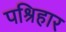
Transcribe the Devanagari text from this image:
पश्रिहार